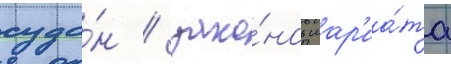
суда́н / зако́нов шар'иа́та